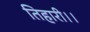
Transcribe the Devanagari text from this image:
तिहारी।।